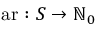
{ \mathrm { a r : } } \ S \to \mathbb { N } _ { 0 }